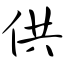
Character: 供